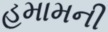
હમામની